Statistics of inoculations with Haffkine's anti-plague vaccine 1897-1900
Year: 1897
Disease focus: Plague
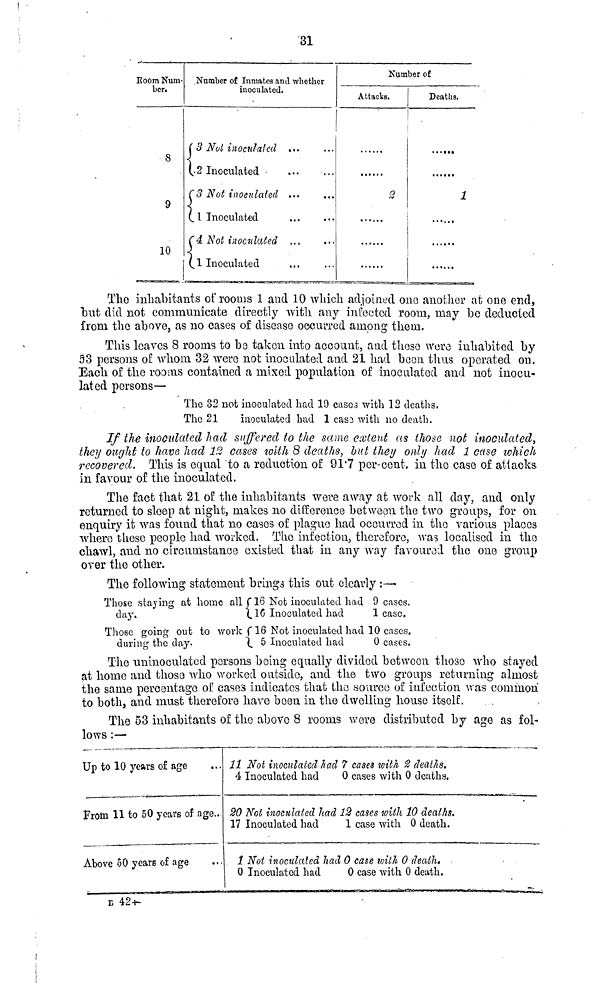
31
Room Num.
ber.
8
9
10
Number of Inmates and whether
inoculated,
( 3 Not inoculai cd ... ...
(2 Inoculated
...
...
(3 Not inoculated ... ...
(1 Inoculated ... ...
(4 Not inoculated ... ...
(.1 Inoculated
...
...
Number of
Attacks.
......
2
......
Deaths.
1
......
The inhabitants of rooms 1 and 10 which adjoined one another at one end,
but did not communicate directly with any infected room, may be deducted
from the above, as no oases of disease occurred among them.
This leaves 8 rooms to be taken into account, and these were inhabited by
53 persons of whom 32 were not inoculated and 21 had been thus operated on.
Each of the rooms contained a mixed population of inoculated and not inocu-
lated persons—
The 32 not inoculated had 19 cases with 12 deaths.
The 21
inoculated had 1 case with no death.
If the inoculated had suffered to the same extent as those not inoculated,
they ought to have had 12 cases with 8 deaths, but they only had 1 case which
recovered. This is equal to a reduction of 917 per-cent. in the case of attacks
in favour of the inoculated.
The fact that 21 of the inhabitants were away at work all clay, and only
returned to sleep at night, makes no difference between the two groups, for on
enquiry it was found that no cases of plague had occurred in the various places
where these people had worked. The infection, therefore, was localised in the
chawl, and no circumstance existed that in any way favoured the one group
over the other.
The following statement brings this out clearly :·—
Those staying at home all ( 16 Not inoculated had 9 cases.
day.
(16
Inoculated had
1ease.
Those going out to work ( 16 Not inoculated had 10 cases.
during the day.
(
5 Inoculated had
0 cases.
The uninoculatecl persons being equally divided between those who stayed
at home and those who worked outside, and the two groups returning almost
the same percentage of cases indicates that the source of infection was common
to both, and must therefore have been in the dwelling house itself.
The 53 inhabitants of the above 8 rooms were distributed by age as fol-
lows :—
Up to 10 years of age
Froto 11 to 50 years of age..
Above 50 years of age
11 Not inoculated had 7 cases with 2 deaths.
4 Inoculated had
0 cases with 0 deaths.
20 Not inoculated had 12 cases with 10 deaths.
17 Inoculated had
1 case with 0 death.
1 Not inoculated had 0 case with 0 death.
0 Inoculated had
0 case with 0 death.
D 42-